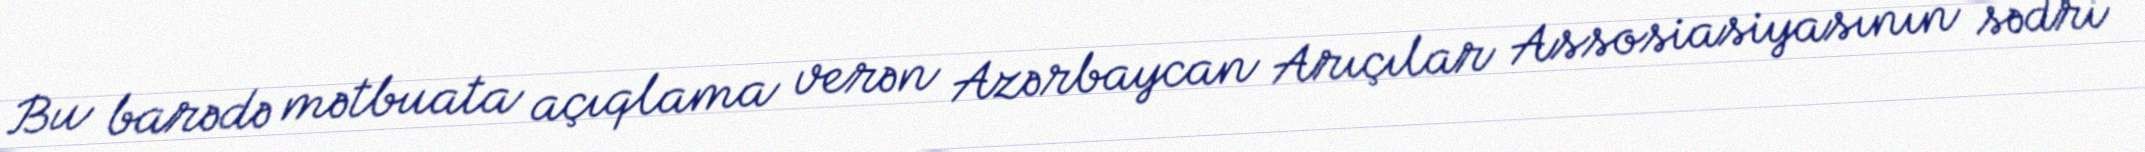
Bu barədə mətbuata açıqlama verən Azərbaycan Arıçılar Assosiasiyasının sədri